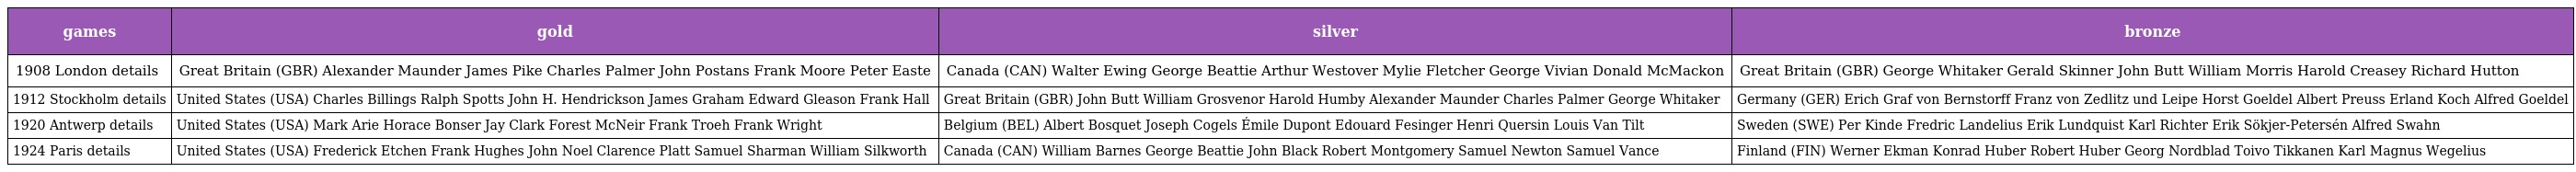
| games | gold | silver | bronze |
 | --- | --- | --- | --- |
 | 1908 London details | Great Britain (GBR) Alexander Maunder James Pike Charles Palmer John Postans Frank Moore Peter Easte | Canada (CAN) Walter Ewing George Beattie Arthur Westover Mylie Fletcher George Vivian Donald McMackon | Great Britain (GBR) George Whitaker Gerald Skinner John Butt William Morris Harold Creasey Richard Hutton |
 | 1912 Stockholm details | United States (USA) Charles Billings Ralph Spotts John H. Hendrickson James Graham Edward Gleason Frank Hall | Great Britain (GBR) John Butt William Grosvenor Harold Humby Alexander Maunder Charles Palmer George Whitaker | Germany (GER) Erich Graf von Bernstorff Franz von Zedlitz und Leipe Horst Goeldel Albert Preuss Erland Koch Alfred Goeldel |
 | 1920 Antwerp details | United States (USA) Mark Arie Horace Bonser Jay Clark Forest McNeir Frank Troeh Frank Wright | Belgium (BEL) Albert Bosquet Joseph Cogels Émile Dupont Edouard Fesinger Henri Quersin Louis Van Tilt | Sweden (SWE) Per Kinde Fredric Landelius Erik Lundquist Karl Richter Erik Sökjer-Petersén Alfred Swahn |
 | 1924 Paris details | United States (USA) Frederick Etchen Frank Hughes John Noel Clarence Platt Samuel Sharman William Silkworth | Canada (CAN) William Barnes George Beattie John Black Robert Montgomery Samuel Newton Samuel Vance | Finland (FIN) Werner Ekman Konrad Huber Robert Huber Georg Nordblad Toivo Tikkanen Karl Magnus Wegelius |